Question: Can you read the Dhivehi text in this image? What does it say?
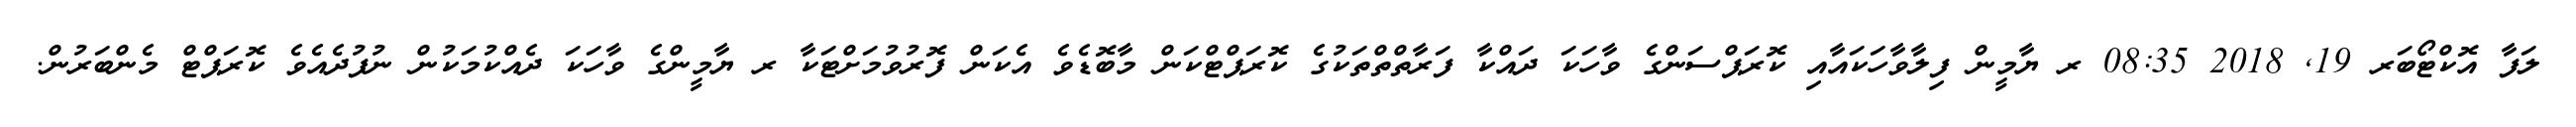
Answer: ލަފާ އޮކްޓޯބަރ 19, 2018 08:35 ރ ޔާމީން ފިލާވާހަކައާއި ކޮރަޕްސަންގެ ވާހަކަ ދައްކާ ފަރާތްތްތަކުގެ ކޮރަޕްޓްކަން މާބޮޑެވެ އެކަން ފޮރުވުމަށްޓަކާ ރ ޔާމީންގެ ވާހަކަ ދެއްކުމަކުން ނުފުދެއެވެ ކޮރަޕްޓް މެންބަރުން.